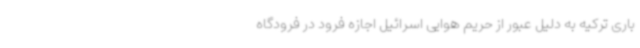
باری ترکیه به دلیل عبور از حریم هوایی اسرائیل اجازه فرود در فرودگاه